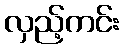
လှည့်ကင်း